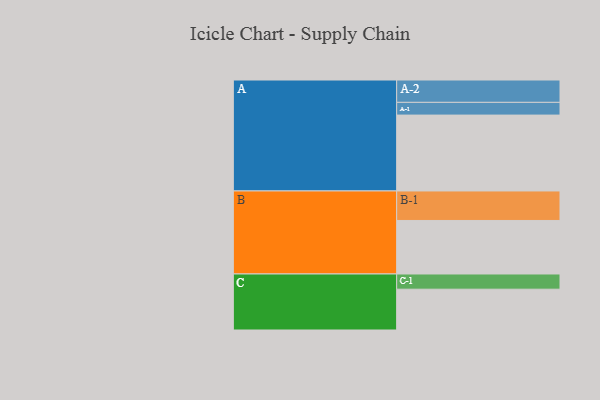
{"axis": {"x": "Segment", "y": "Value"}, "legend": ["", "A", "B", "C"], "data": [{"x": "A", "y": 584, "type": ""}, {"x": "B", "y": 412, "type": ""}, {"x": "C", "y": 314, "type": ""}, {"x": "A-1", "y": 98, "type": "A"}, {"x": "A-2", "y": 172, "type": "A"}, {"x": "B-1", "y": 227, "type": "B"}, {"x": "C-1", "y": 117, "type": "C"}]}